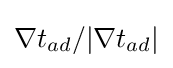
\nabla t_{ad}/|\nabla t_{ad}|